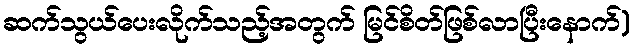
ဆက်သွယ်ပေးလိုက်သည့်အတွက် မြင်စိတ်ဖြစ်လာပြီးနောက်)